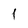
Character: 1